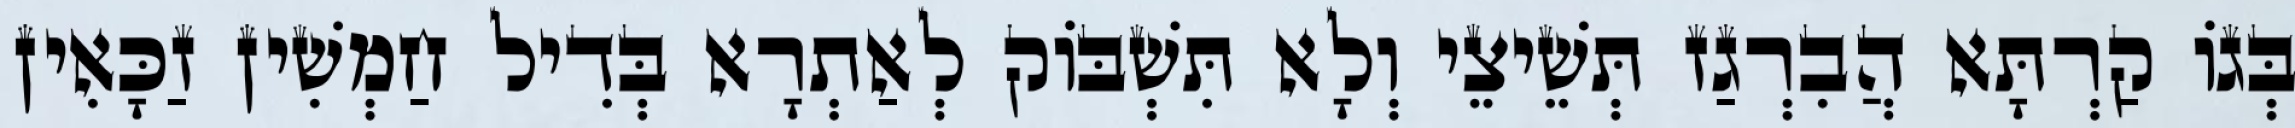
בְּגוֹ קַרְתָּא הֲבִרְגַז תְּשֵׁיצֵי וְלָא תִּשְׁבּוֹק לְאַתְרָא בְּדִיל חַמְשִׁין זַכָּאִין